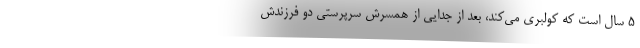
5 سال است كه كولبري مي‌كند، بعد از جدايي از همسرش سرپرستي دو فرزندش